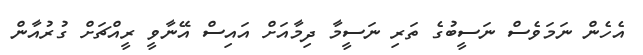
އެހެން ނަމަވެސް ނަސީބުގެ ތަރި ނަސީމާ ދިމާއަށް އައިސް އޭނާވީ ރީއްޗަށް ގުރުއާން